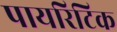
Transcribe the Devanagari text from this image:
पायरिटिक